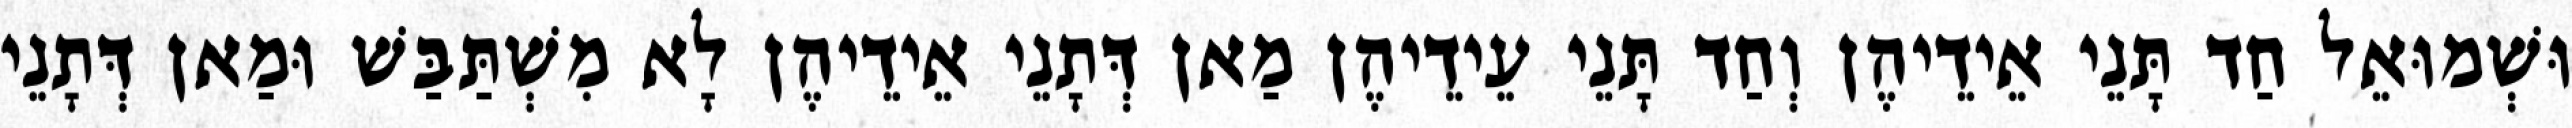
וּשְׁמוּאֵל חַד תָּנֵי אֵידֵיהֶן וְחַד תָּנֵי עֵידֵיהֶן מַאן דְּתָנֵי אֵידֵיהֶן לָא מִשְׁתַּבַּשׁ וּמַאן דְּתָנֵי